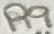
Text: R9